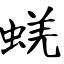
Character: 蜣